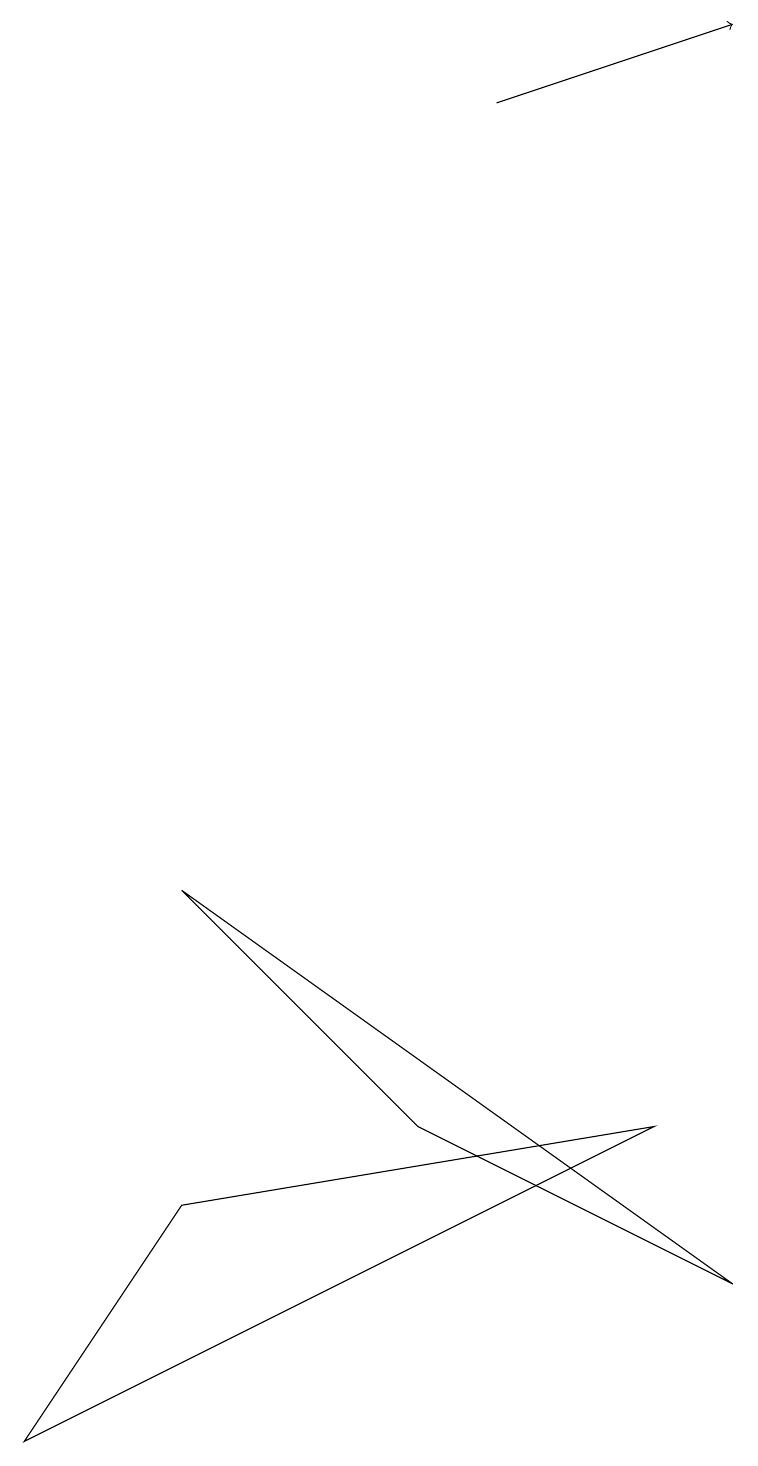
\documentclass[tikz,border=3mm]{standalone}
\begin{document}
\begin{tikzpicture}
\draw (2,4) -- (8,5) -- (0,1) -- cycle;
\draw (9,3) -- (5,5) -- (2,8) -- cycle;
\draw[->] (6,18) -- (9,19);
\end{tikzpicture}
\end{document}